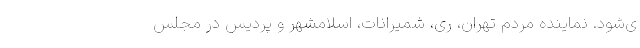
ی‌شود. نماینده مردم تهران، ری، شمیرانات، اسلامشهر و پردیس در مجلس